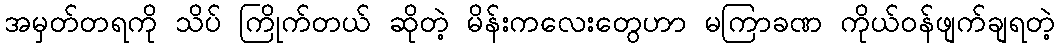
အမှတ်တရကို သိပ် ကြိုက်တယ် ဆိုတဲ့ မိန်းကလေးတွေဟာ မကြာခဏ ကိုယ်ဝန်ဖျက်ချရတဲ့